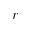
r